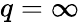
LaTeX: q=\infty